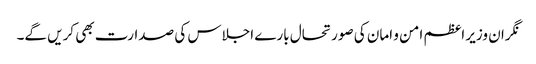
نگران وزیر اعظم امن و امان کی صورتحال بارے اجلاس کی صدارت بھی کریں گے۔